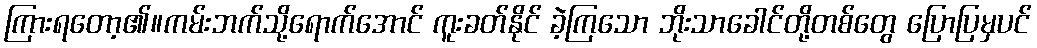
ကြားရတော့၏။ကမ်းဘက်သို့ရောက်အောင် ကူးခတ်နိုင် ခဲ့ကြသော ဘိုးသာခေါင်တို့တစ်တွေ ပြောပြမှပင်